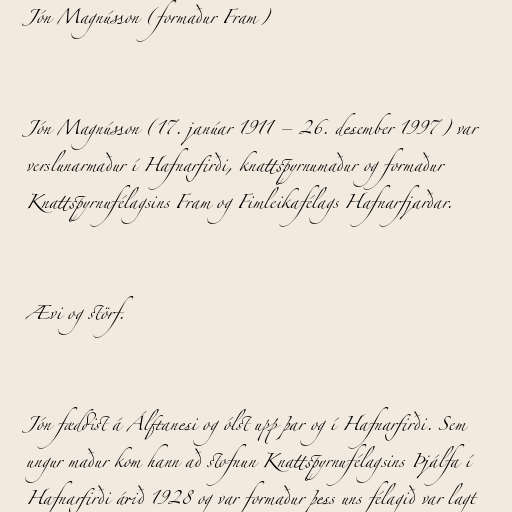
Jón Magnússon (formaður Fram)

Jón Magnússon (17. janúar 1911 – 26. desember 1997) var
verslunarmaður í Hafnarfirði, knattspyrnumaður og formaður
Knattspyrnufélagsins Fram og Fimleikafélags Hafnarfjarðar.

Ævi og störf.

Jón fæddist á Álftanesi og ólst upp þar og í Hafnarfirði. Sem
ungur maður kom hann að stofnun Knattspyrnufélagsins Þjálfa í
Hafnarfirði árið 1928 og var formaður þess uns félagið var lagt